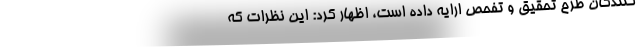
کنندگان طرح تحقیق و تفحص ارایه داده است، اظهار کرد:‌ این نظرات که